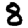
Digit: 8